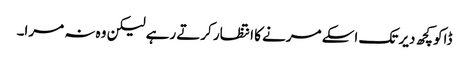
ڈاکو کچھ دیر تک اسکے مرنے کا انتظار کرتے رہے لیکن وہ نہ مرا۔